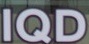
IQD